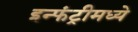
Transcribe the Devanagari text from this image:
इन्फंट्रीमध्ये